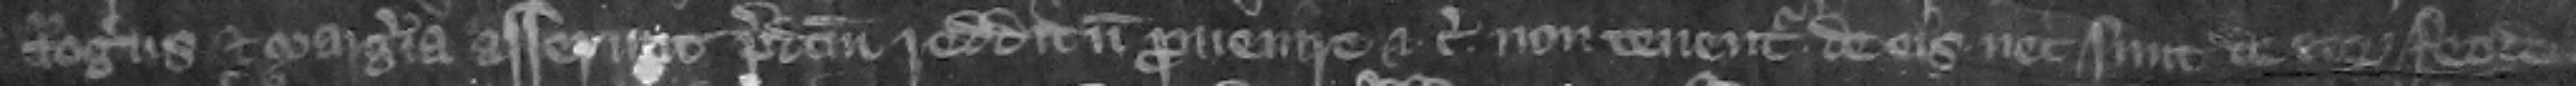
Rogers et Margeria asserunt predictum redditum prouenire etc. non tenentur de is nec sunt de eorum feodo